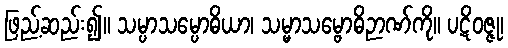
ဖြည့်ဆည်း၍။ သမ္ပာသမ္ပောဓိယာ၊ သမ္မာသမ္ဗောဓိဉာဏ်ကို။ ပဋိဝဇ္ဇု၊